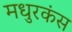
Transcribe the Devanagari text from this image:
मधुरकंस